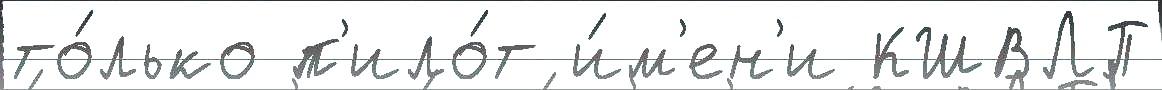
то́лько п'ило́т и́м'ен'и КШВЛП